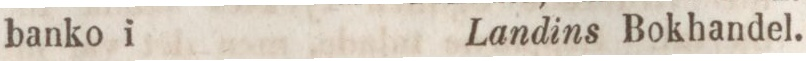
banko i    Landins Bokhandel.